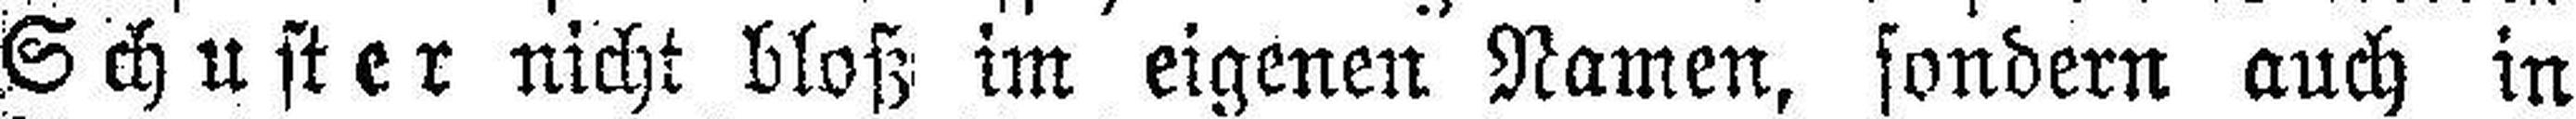
Schuster nicht bloß im eigenen Namen, sondern auch in